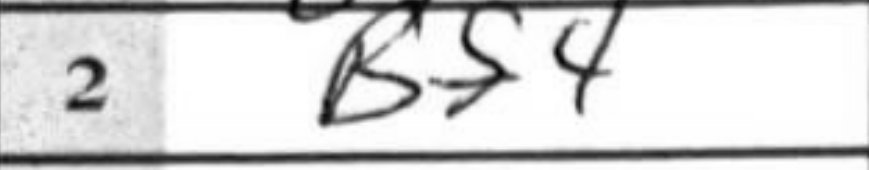
Transcription: Bf4